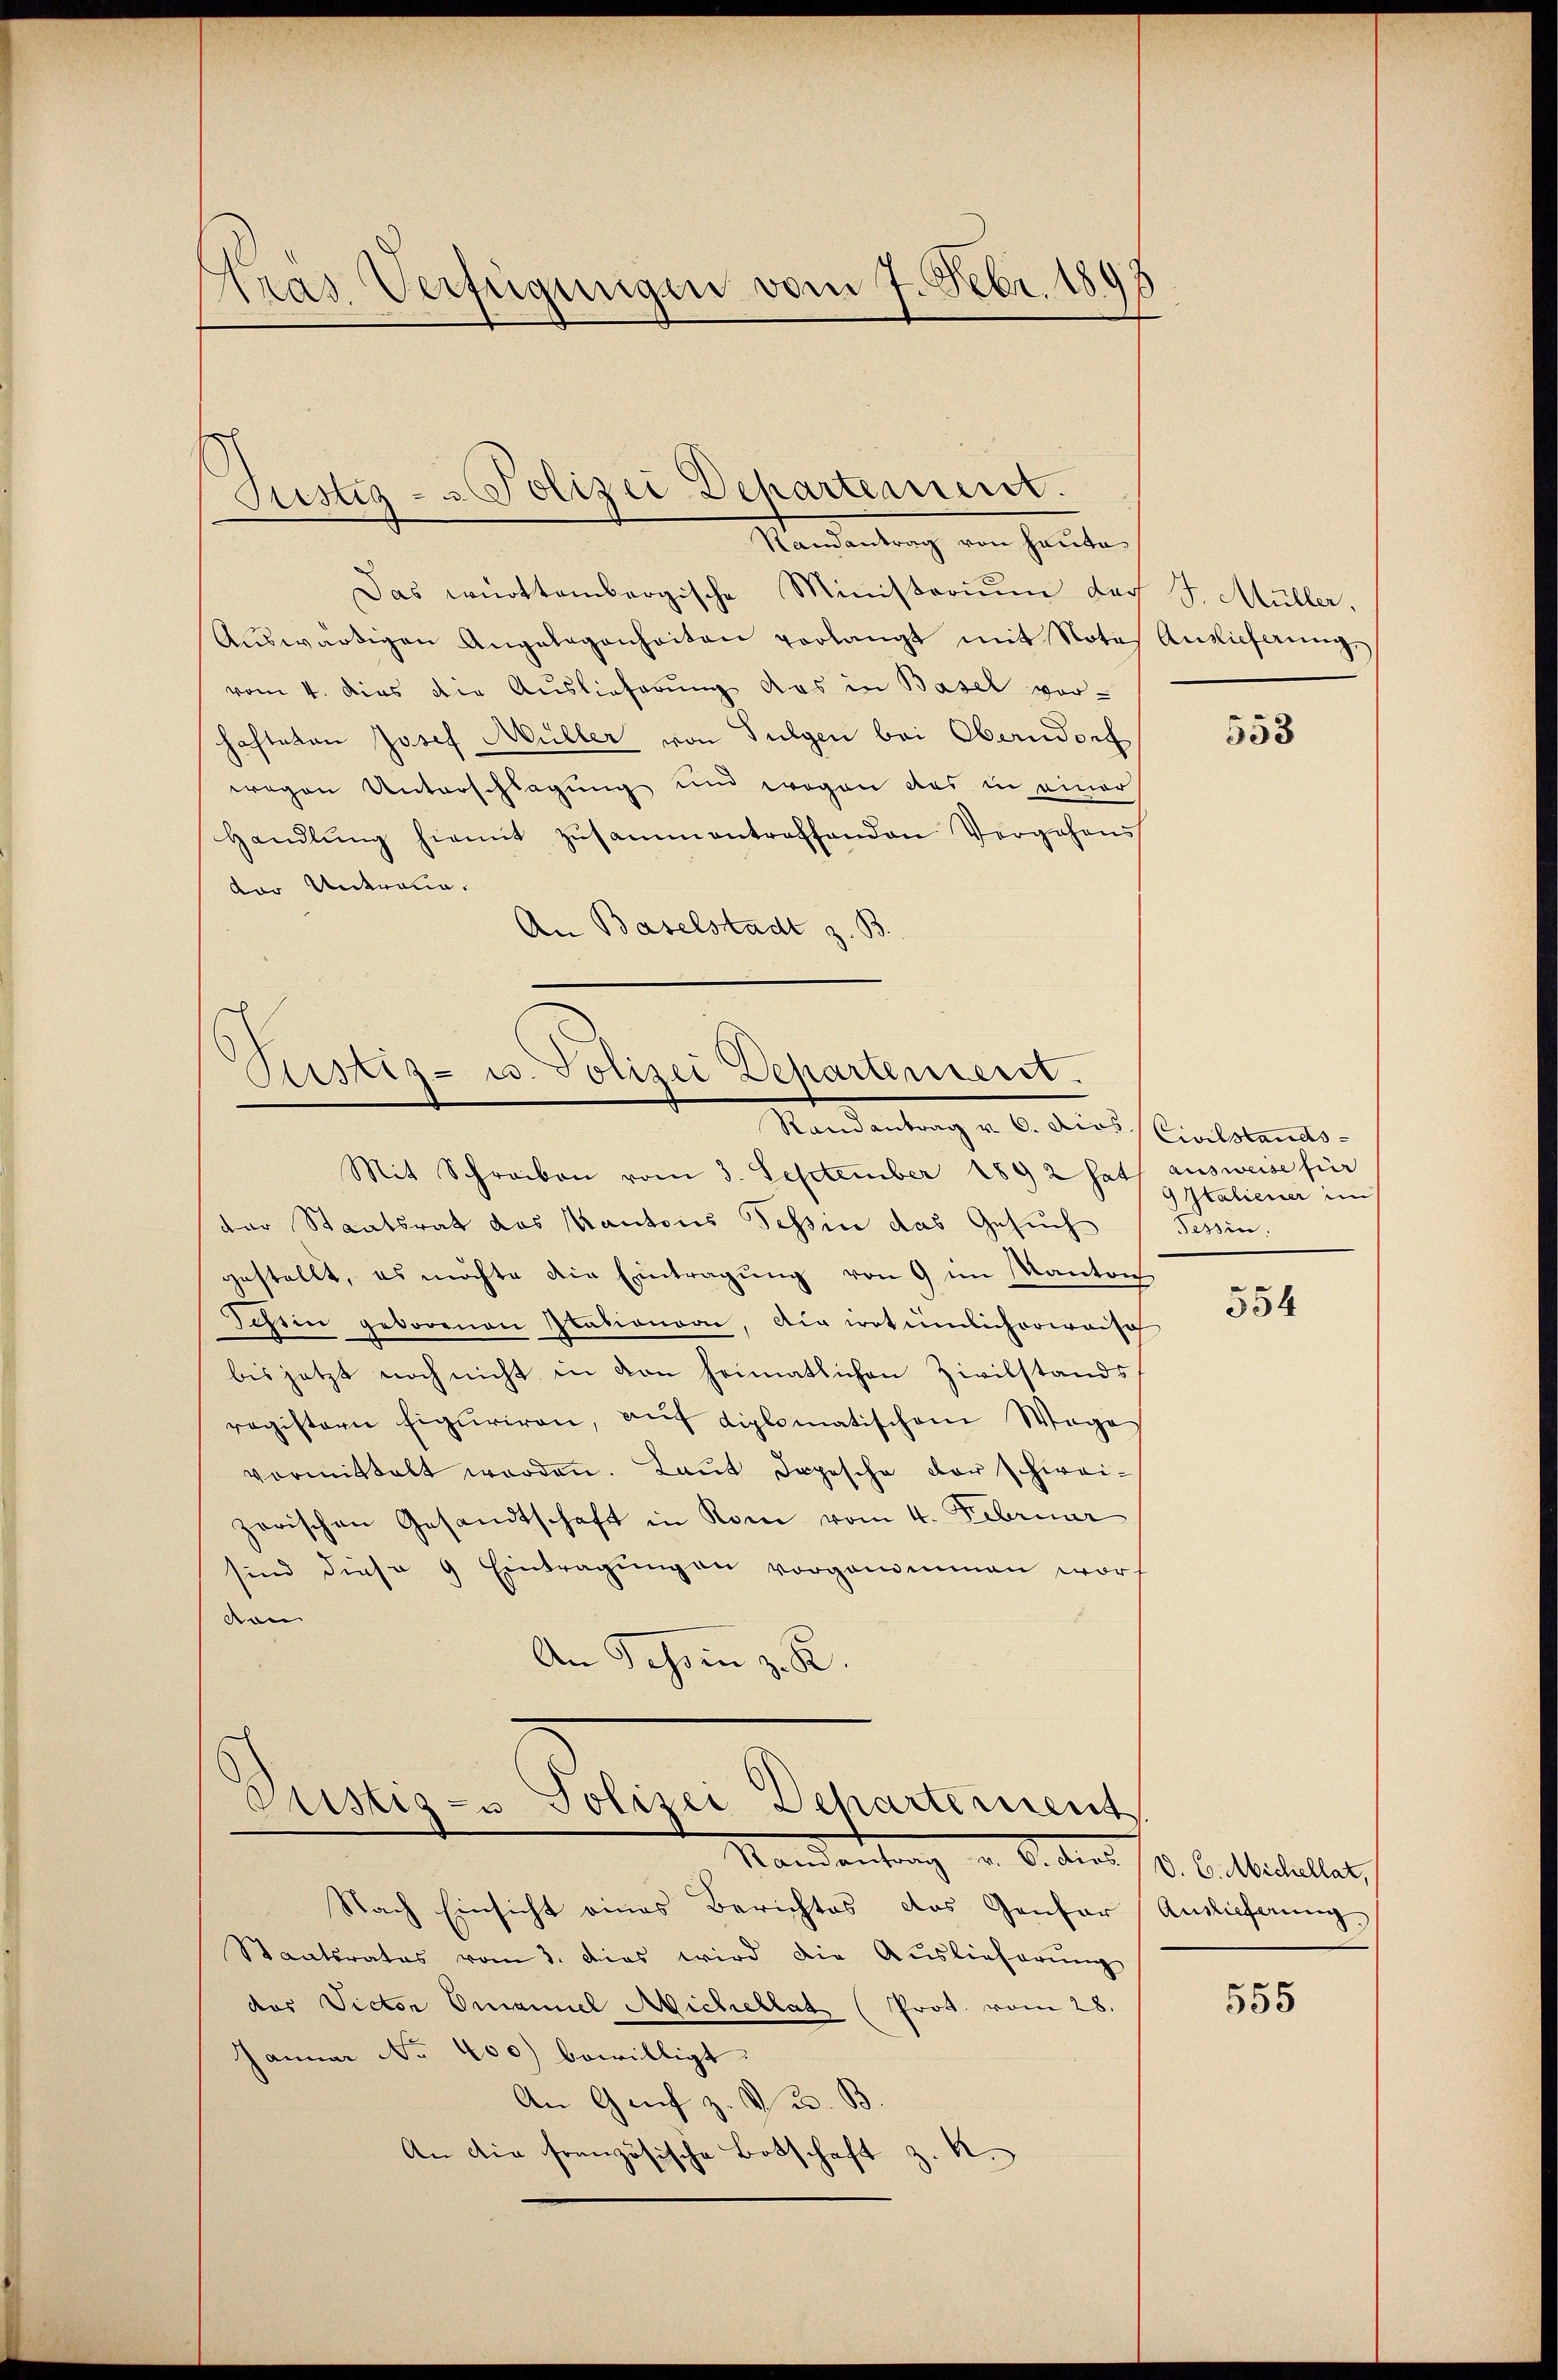
tras Verfügungen vom 7. Febr. 1893

Justiz- & Polizei Departement.
Randantrag von heute

Das württembergische Ministoriŭm der J. Müller,
Aŭswärtigen Angelegenheiten verlangt mit Nota, Auslieferung,
vom 4. dies die Auslieferung das in Basel vor-
hafteten Josef Müller von Fulgen bei Oberndorf
wegen Unterschlagung und wegen das in einer
handlŭng hiemit zŭsammentreffenden Vergehens
der Antralia.
An Baselstadt z. B

Zustiz- u. Polizei Departement.
Randantrag u. 6. dies Civilstands-

Justiz- u Polizei Dehartement
Mandantrag d. 6. des 13. C. Michaller

Nach Einsicht eines Berichtes das Genfer Auslieferung
Staatsrates vom 3. Das wird die Auslieferŭng
des Victor Omaniel Michellat (Prot. vom 28.
Januar No. 400 bewilligt.
An Genf z. v. u. B.
An die französische Botschaft z. R.

Mit Schreiben vom 3. September 1892 hat ausweise für
der Staatsrat das Kantons Tessin das Gesuch
gestellt, es möchte die Eintragung von 9 im Kantons
Schein geborenen Stationare, die irrtümlicherwaisch
bis jetzt noch nicht in von heimatlichen Zivilstands
registern figuriren, aŭf diplomatischem Wege
vormittelt worden. Laut Depesche der schweizerischen Gesandtschaft in Rom vom 4. Februar
sind diese 9 Eintragungen vorgenommen woron
An Tessin z. R.

553

9 Italiener im
Tessin

e
554

555